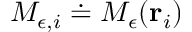
M _ { \epsilon , i } \doteq M _ { \epsilon } ( { \bf r } _ { i } )